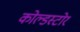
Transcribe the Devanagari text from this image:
कोल्डस्टोर